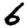
Digit: 6